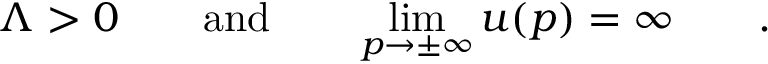
\Lambda > 0 \qquad \mathrm { a n d } \qquad \operatorname * { l i m } _ { p \to \pm \infty } u ( p ) = \infty \qquad .